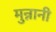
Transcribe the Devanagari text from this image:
मुन्नानी